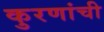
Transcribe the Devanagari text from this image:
कुरणांची